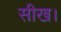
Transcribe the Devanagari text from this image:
सीख।